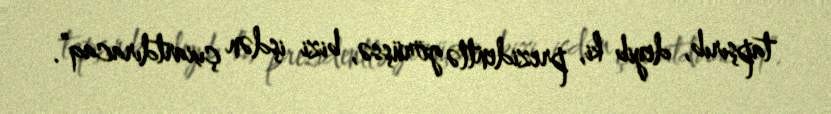
tapşırıb, deyib ki, prezidentlə görüşsə, bizi işdən çıxartdıracaq”.